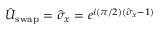
\hat { U } _ { \mathrm { s w a p } } = \hat { \sigma } _ { x } = e ^ { i ( \pi / 2 ) ( \hat { \sigma } _ { x } - 1 ) }